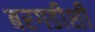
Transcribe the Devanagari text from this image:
बरगडीशी